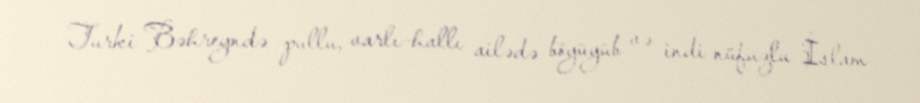
Turki Bəhreyndə pullu, varlı-hallı ailədə böyüyüb və indi nüfuzlu İslam